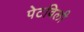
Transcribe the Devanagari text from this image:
पेटविली